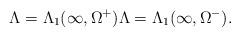
LaTeX: \begin{align*}\Lambda =\Lambda_1(\infty,\Omega^+) \Lambda =\Lambda_1(\infty,\Omega^-).\end{align*}